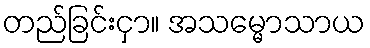
တည်ခြင်းငှာ။ အသမ္မောသာယ